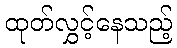
ထုတ်လွှင့်နေသည့်